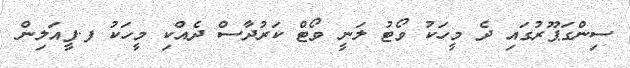
ސިންގަޕޫރުގައި ދެ މީހަކު ވޯޓު ލަނީ ވޯޓް ކަރުދާސް ދެއްކި މީހަކު ފ.ފީއަލިން